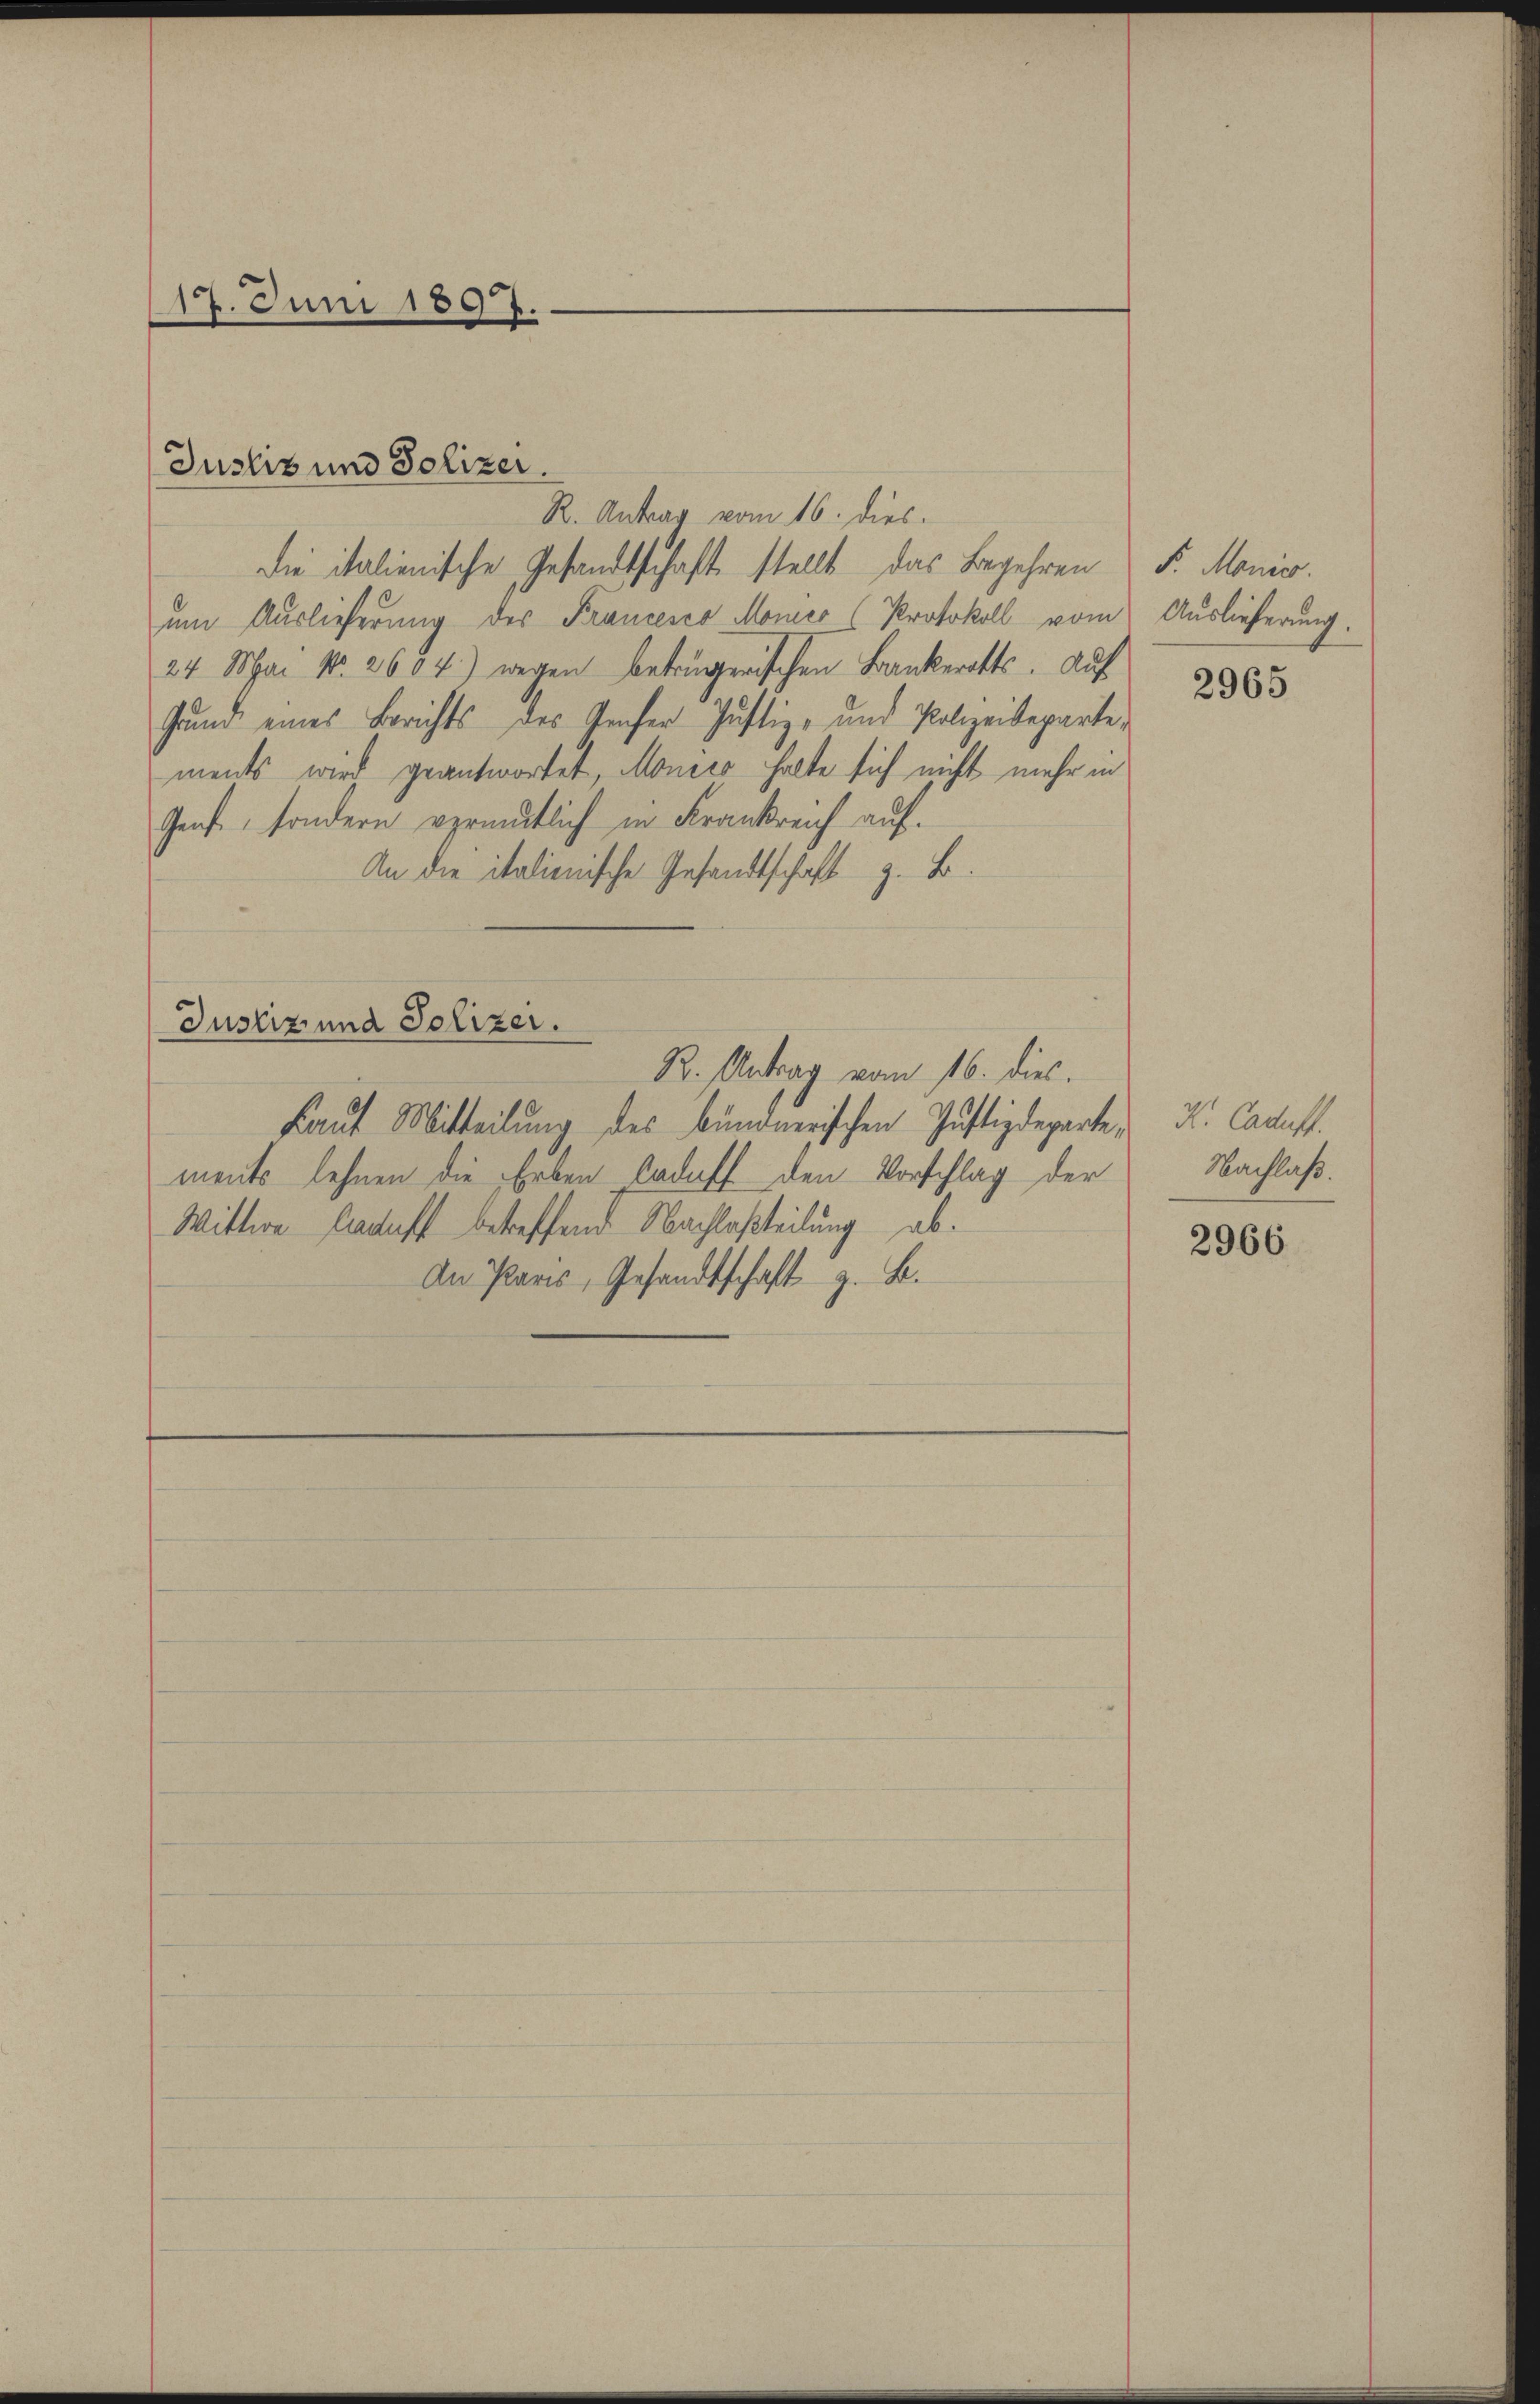
17. Juni 1897.

Justiz und Polizer.

R. Antrag vom 16. dies
die italienische Gesandtschaft stellt das Begehren Fr. Monio.
um Auslieferung des Francesco Moner (Protokoll vom
24. Mai No. 2604) wegen betrügerischen Bankerotts. Auf
Grund eines Berichts des Teufer Justiz- und Polizeideparte,
ments wird geantwortet, Monico halte sich nicht mehr in
Genf, sondern vermutlich in Frankreich auf.
An die italienische Gesandtschaft z. B.
Justiz und Polizer.
R. Antrag vom 16. dies
Laut Mitteilung des bunonerischen Justizdeparte u. Cadast.
ments lehnen die Erben Cadaff den Vorschlag der
Wittwe Kauft betreffend Nachlaßteilung ab.
An Paris, Gesandtschaft z. B.

Auslieferung.

2965

Nachlaß.

2966